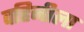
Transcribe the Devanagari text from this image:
वहिनीला